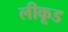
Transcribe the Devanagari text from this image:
लीकूड